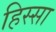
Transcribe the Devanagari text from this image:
हिस्सा